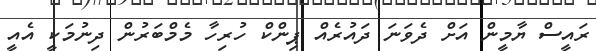
ރައީސް ޔާމީން އަށް ދެވަނަ ދައުރެއް ޕިންކް ހުރިހާ މެމްބަރުން ދިނުމަކީ އެއީ